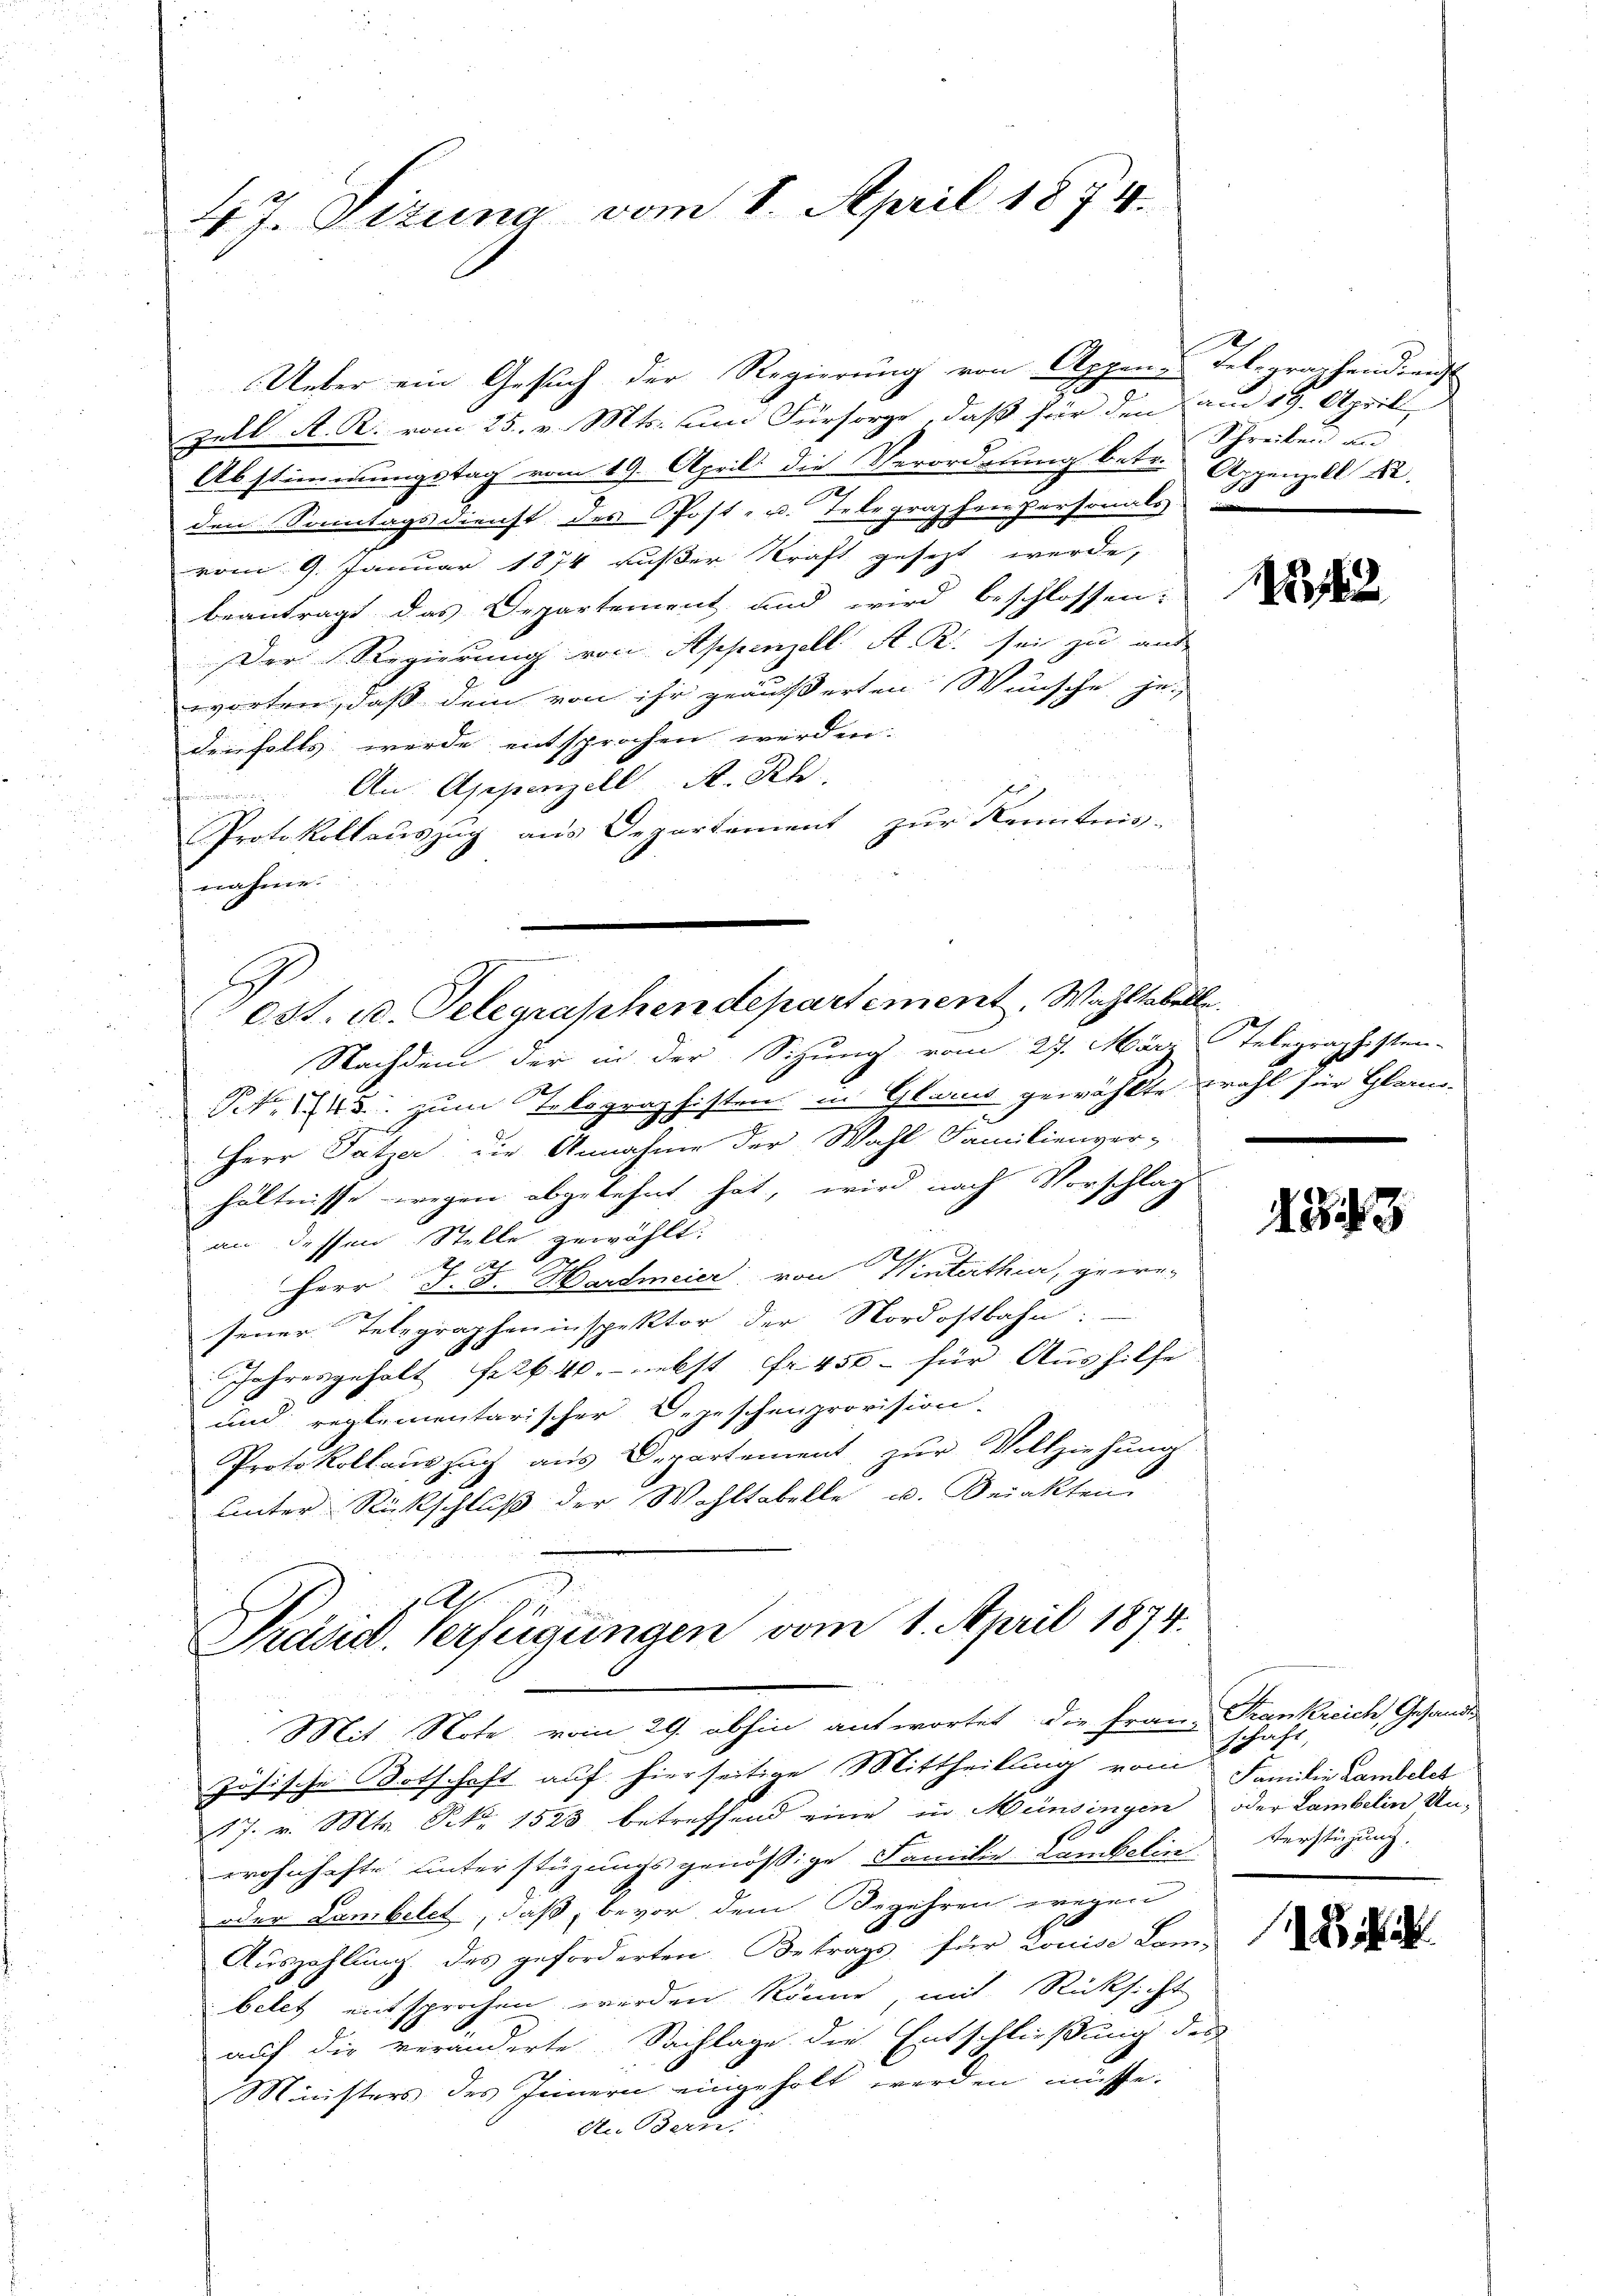
4 J. Sizung vom 8. April 1874.

est. u. Telegraphen departement. Wahltabelle.

Ueber ein Gesuch der Regierung von Appen, Telegraphendiens
zell A. R. vom 25. v. Mts. um Fürsorge, daß für den am 19. Aprill,
Abstimmungstag vom 19. April die Verordnung betr. Appenzell A.
den Sonntags dienst des Post- u. Telegraphenpersonals
vom 9. Januar 1874 außer Kraft gesezt werde,
beantragt das Departement und wird beschlossen:
Der Regierung von Appenzell A. R. sei zu aus
worten, daß dem von ihr geäußerten Wünsche je-
denfalls werde entsprochen werden.
An Appenzell A. Rh
Protokollauszug aus Departement zur Kenntnis-
nahme.

Nachdem der in der Sitzung vom 27. März Telegraphisten-
NNNo. 1745 zum Telegraphisten in Glarus gewählte wohl für Glarus.
Herr Sätzer die Annahme der Wahl Familienver-
hältnisse wegen abgelehnt hat, wird nach Vorschlag
an dessen Stelle gewählt:
e
Herr J. J. Hardmeier von Winterthur, gewe-
sener Telegrapheninspektor der Nordostbahn:
Jahresgehalt Frk. 40. nebst fr. 450 für Aushilfe
und reglementarischer Depeschenprovision.
Protokollaŭszŭg aŭs Departement zŭr Vollziehŭng
unter Rückschluß der Wohltabelle u. Beinkten

Präsid. Verfügungen vom 1. April 1874.
Mit Note vom 29. abhin antwortet die Frau Frankreich, Gesandt
zösische Botschaft auf hierseitige Mittheilung vom

Schreiben und

17. v. Mts. No 1523 betreffend eine in Münsingen oder Lambelin Un-
wohnhafte unterstüzungsgenössige Familie Lambelin Verstützung.
oder Lambelet, daß, bevor dem Begehren wegen
Auszahlung des geforderten Betrags für Louise Lan
belet entsprochen werden könne, mit Rücksicht
auf die veränderte Sachlage die Entschließung des
Ministers des Innern eingeholt werden müsse.
An Beri

15,2

1343

schaft,
Familie Lambelch